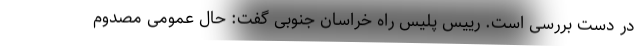
در دست بررسی است. رییس پلیس راه خراسان جنوبی گفت: حال عمومی مصدوم